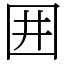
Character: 囲